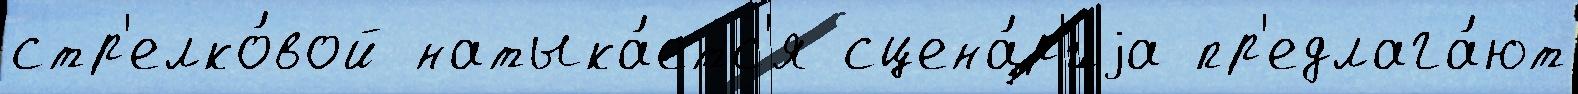
стр'елко́вой натыка́етс'я сцена́р'иjа пр'едлага́ют